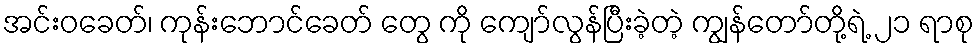
အင်းဝခေတ်၊ ကုန်းဘောင်ခေတ် တွေ ကို ကျော်လွန်ပြီးခဲ့တဲ့ ကျွန်တော်တို့ရဲ့ ၂၁ ရာစု